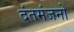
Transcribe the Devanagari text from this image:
दंतमंजनों